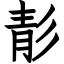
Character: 𩇕